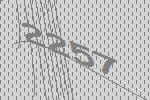
2257